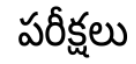
పరీక్షలు